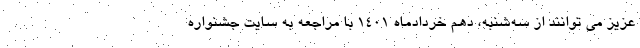
عزیز می توانند از سه‌شنبه، دهم خردادماه 1401 با مراجعه به سایت جشنواره